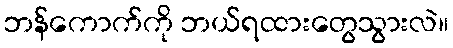
ဘန်ကောက်ကို ဘယ်ရထားတွေသွားလဲ။